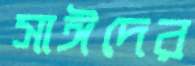
সাঈদের